Scottish Leaving Certificate Examination, 1956
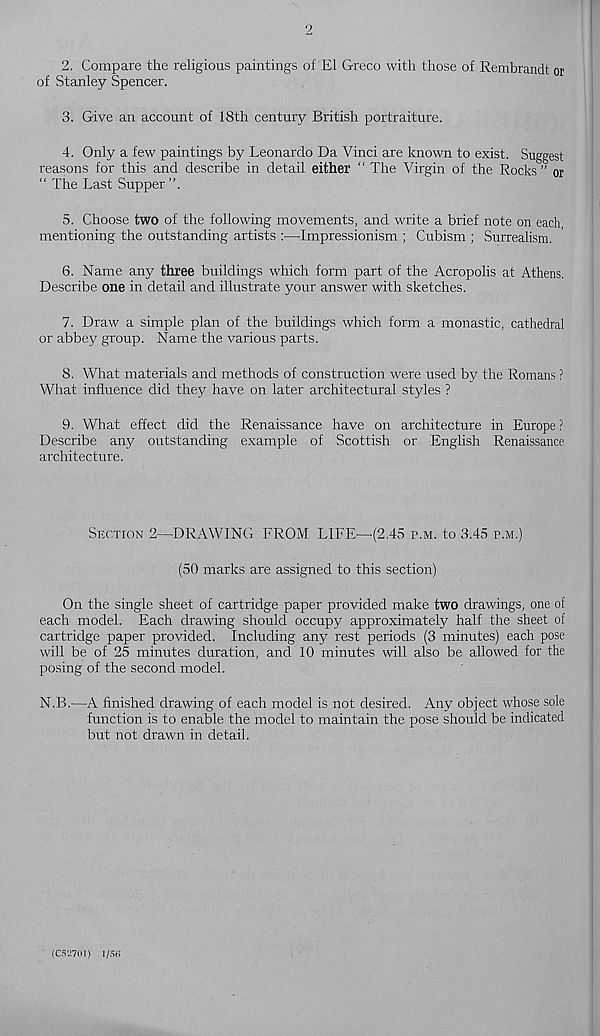
2
2. Compare the religious paintings of El Greco with those of Rembrandt or
of Stanley Spencer.
3. Give an account of 18th century British portraiture.
4. Only a few paintings by Leonardo Da Vinci are known to exist. Suggest
reasons for this and describe in detail either “ The Virgin of the Rocks ” or
“ The Last Supper ”.
5. Choose two of the following movements, and write a brief note on each,
mentioning the outstanding artists :—Impressionism ; Cubism ; Surrealism.
6. Name any three buildings which form part of the Acropolis at Athens.
Describe one in detail and illustrate your answer with sketches.
7. Draw a simple plan of the buildings which form a monastic, cathedral
or abbey group. Name the various parts.
8. What materials and methods of construction were used by the Romans ?
What influence did they have on later architectural styles ?
9. What effect did the Renaissance have on architecture in Europe ?
Describe any outstanding example of Scottish or English Renaissance
architecture.
Section 2—DRAWING FROM LIFE—(2,45 p.m. to 3.45 p.m.)
(50 marks are assigned to this section)
On the single sheet of cartridge paper provided make two drawings, one of
each model. Each drawing should occupy approximately half the sheet of
cartridge paper provided. Including any rest periods (3 minutes) each pose
will be of 25 minutes duration, and. 10 minutes will also be allowed for the
posing of the second model.
N.B.—A finished drawing of each model is not desired. Any object whose sole
function is to enable the model to maintain the pose should be indicated
but not drawn in detail.
(C52701) l/Sli